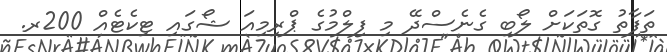
ތަފާތު ގޮތަކަށް ލޯބި ގެނެސްދޭ މި ފިލްމުގެ ޕްރިމިއަ ޝޯގައި ޓިކެޓެއް 200ރ.